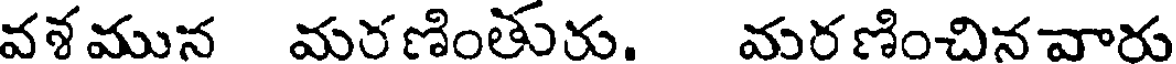
వశమున మరణింతురు. మరణించినవారు